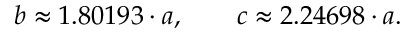
b \approx 1 . 8 0 1 9 3 \cdot a , \qquad c \approx 2 . 2 4 6 9 8 \cdot a .